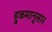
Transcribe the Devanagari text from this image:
हुकमानुसार